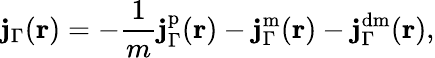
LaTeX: \mathbf{j}_{\Gamma}(\mathbf{r})=-\frac{1}{m}\mathbf{j}_{\Gamma}^{\mathrm{p}}(\mathbf{r})-\mathbf{j}_{\Gamma}^{\mathrm{m}}(\mathbf{r})-\mathbf{j}_{\Gamma}^{\mathrm{dm}}(\mathbf{r}),